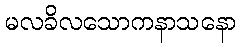
မလခိလသောကနာသနော